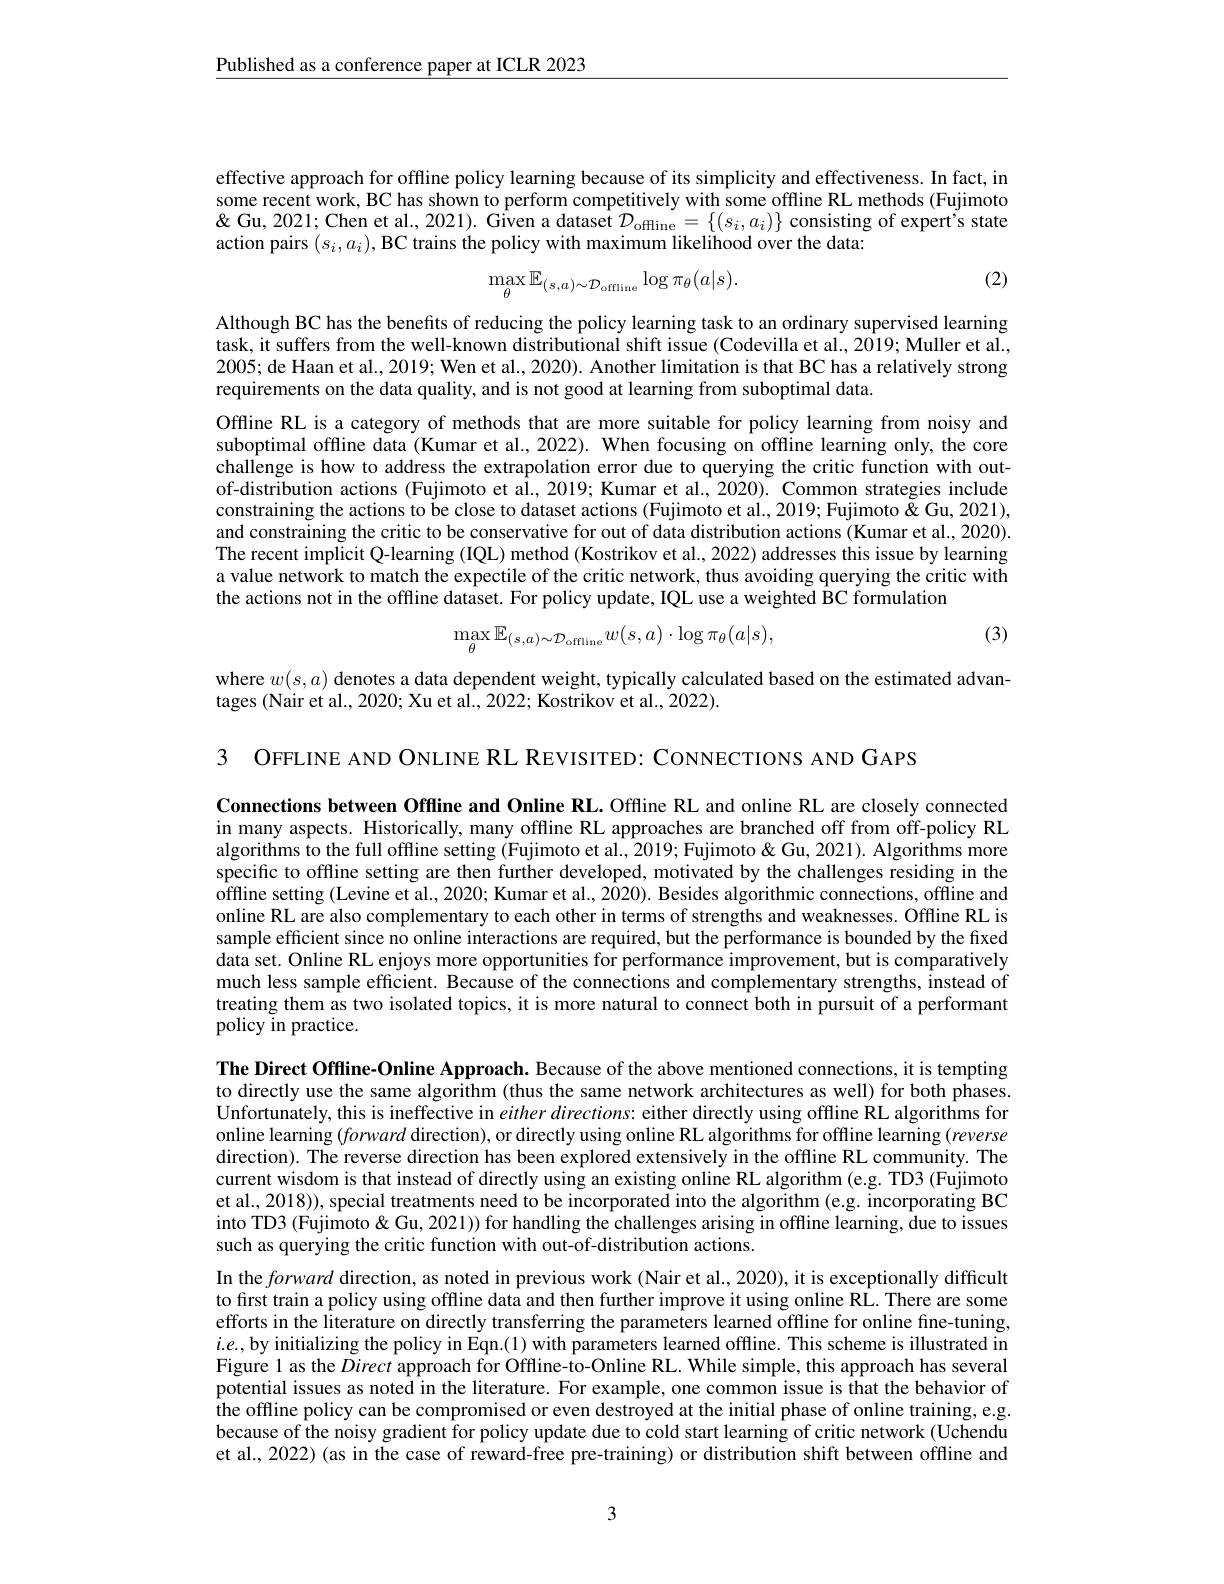
$\underline{\text{Published as a conference paper at ICLR 2023}}$

effective approach for offline policy learning because of its simplicity and effectiveness. In fact, in some recent work, BC has shown to perform competitively with some offline RL methods (Fujimoto $\&$ Gu, 2021; Chen et al., 2021). Given a dataset $\mathcal{D}_\mathrm{offline}=\{(s_i,a_i)\}$ consisting of expert's state action pairs $(s_i,a_i)$, BC trains the policy with maximum likelihood over the data:

(2)
$$\max_{\theta}\mathbb{E}_{(s,a)\sim\mathcal{D}_{\mathrm{offline}}}\log\pi_{\theta}(a|s).$$
Although BC has the benefits of reducing the policy learning task to an ordinary supervised learning task, it suffers from the well-known distributional shift issue (Codevilla et al., 2019; Muller et al., 2005; de Haan et al., 2019; Wen et al., 2020). Another limitation is that BC has a relatively strong requirements on the data quality, and is not good at learning from suboptimal data.

Offline RL is a category of methods that are more suitable for policy learning from noisy and suboptimal offline data (Kumar et al., 2022). When focusing on offline learning only, the core challenge is how to address the extrapolation error due to querying the critic function with outof-distribution actions (Fujimoto et al., 2019; Kumar et al., 2020). Common strategies include constraining the actions to be close to dataset actions (Fujimoto et al., 2019; Fujimoto $\tilde{\&}$ Gu, 2021), and constraining the critic to be conservative for out of data distribution actions (Kumar et al., 2020). The recent implicit Q-learning (IQL) method (Kostrikov et al., 2022) addresses this issue by learning a value network to match the expectile of the critic network, thus avoiding querying the critic with the actions not in the offline dataset. For policy update, IQL use a weighted BC formulation

(3)
$$\max_{\theta}\mathbb{E}_{(s,a)\sim\mathcal{D}_{\mathrm{offline}}}w(s,a)\cdot\log\pi_{\theta}(a|s),$$
where $w(s,a)$ denotes a data dependent weight, typically calculated based on the estimated advan-
tages (Nair et al., 2020; Xu et al., 2022; Kostrikov et al., 2022).

3 OFFLINE AND ONLINE RL REVISITED: CONNECTIONS AND GAPS

Connections between Offline and Online RL. Offline RL and online RL are closely connected in many aspects. Historically, many offline RL approaches are branched off from off-policy RL algorithms to the full offline setting (Fujimoto et al., 2019; Fujimoto & Gu, 2021). Algorithms more specific to offline setting are then further developed, motivated by the challenges residing in the offline setting (Levine et al., 2020; Kumar et al., 2020). Besides algorithmic connections, offline and online RL are also complementary to each other in terms of strengths and weaknesses. Offfline RL is sample efficient since no online interactions are required, but the performance is bounded by the fixed data set. Online RL enjoys more opportunities for performance improvement, but is comparatively much less sample efficient. Because of the connections and complementary strengths, instead of treating them as two isolated topics, it is more natural to connect both in pursuit of a performant policy in practice.

The Direct Offline-Online Approach. Because of the above mentioned connections, it is tempting to directly use the same algorithm (thus the same network architectures as well) for both phases. Unfortunately, this is ineffective in $eitherdirections:$ either directly using offline RL algorithms for online learning $(forward$ direction), or directly using online RL algorithms for offline learning (reverse direction). The reverse direction has been explored extensively in the offline RL community. The current wisdom is that instead of directly using an existing online RL algorithm (e.g. TD3 (Fujimoto et al., 2018)), special treatments need to be incorporated into the algorithm (e.g. incorporating BC into TD3 (Fujimoto&Gu, 2021)) for handling the challenges arising in offline learning, due to issues such as querying the critic function with out-of-distribution actions.

In the forward direction, as noted in previous work (Nair et al., 2020), it is exceptionally difficult to first train a policy using offline data and then further improve it using online RL. There are some efforts in the literature on directly transferring the parameters learned offline for online fine-tuning, $i.e.$,by initializing the policy in Eqn.(1) with parameters learned offline. This scheme is illustrated in Figure 1 as the Direct approach for Offline-to-Online RL. While simple, this approach has several potential issues as noted in the literature. For example, one common issue is that the behavior of the offline policy can be compromised or even destroyed at the initial phase of online training, e. g. the offline policy can be compromised or even destroyed at the initial phase of online training, e. g. because of the noisy gradient for policy update due to cold start learning of critic network (Uchendu et al., 2022) (as in the case of reward-free pre-training) or distribution shift between offline and
3